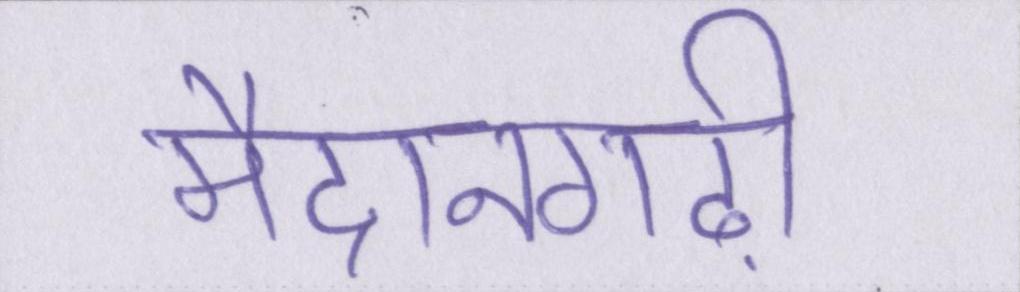
मैदानगढ़ी